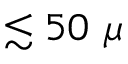
\lesssim 5 0 ~ \mu